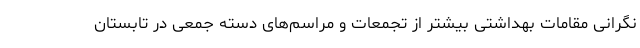
نگرانی مقامات بهداشتی بیشتر از تجمعات و مراسم‌های دسته جمعی در تابستان